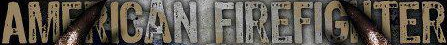
AMFRICAN FIREFIGHTER